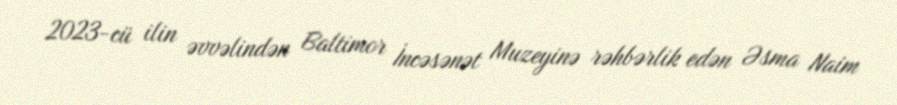
2023-cü ilin əvvəlindən Baltimor İncəsənət Muzeyinə rəhbərlik edən Əsma Naim